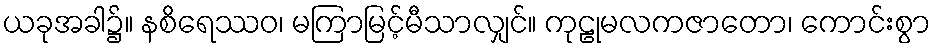
ယခုအခါ၌။ နစိရေဿဝ၊ မကြာမြင့်မီသာလျှင်။ ကုဠုမလကဇာတော၊ ကောင်းစွာ